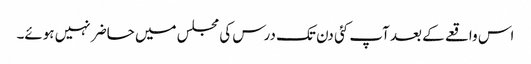
اس واقعے کے بعد آپ کئی دن تک درس کی مجلس میں حاضر نہیں ہوئے۔